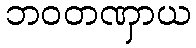
ဘဝတဏှာယ